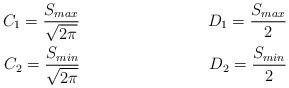
LaTeX: \begin{align*}C_1=\frac{S_{max}}{\sqrt{2\pi}} && D_1=\frac{S_{max}}{2}\\C_2=\frac{S_{min}}{\sqrt{2\pi}} && D_2=\frac{S_{min}}{2}\end{align*}